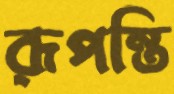
রূপন্তি